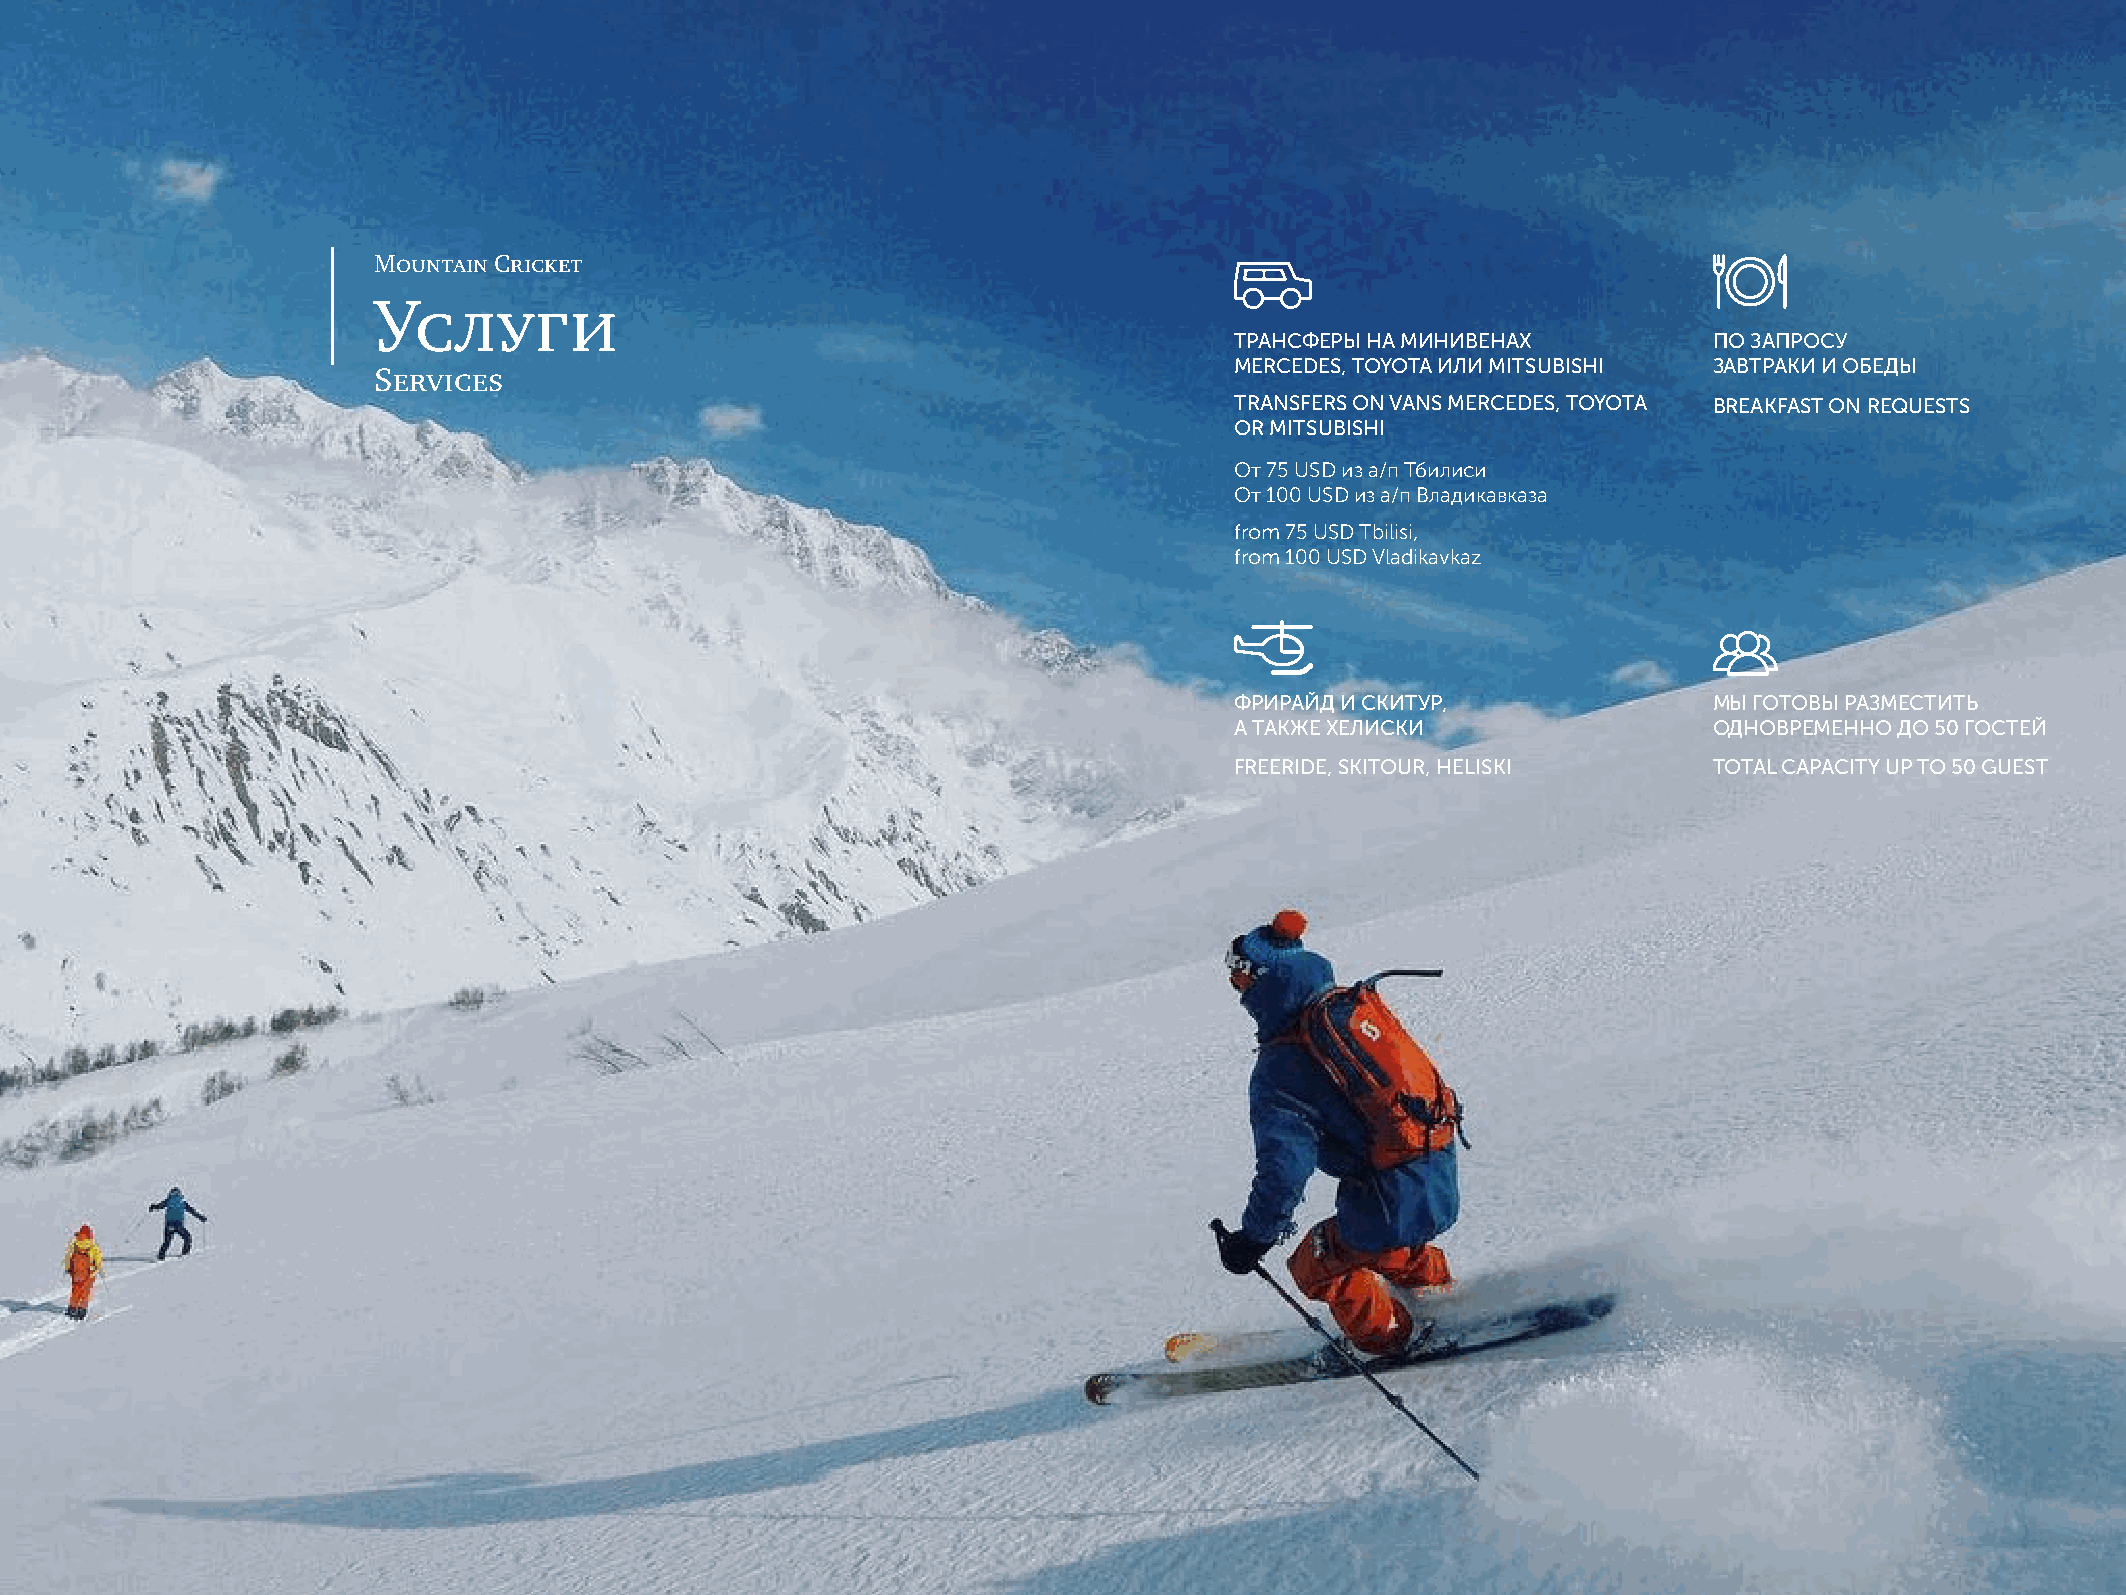
Mountain Cricket
 Услуги
 ТРАНСФЕРЫ НА МИНИВЕНАХ         ПО ЗАПРОСУ
 MERCEDES, TOYOTA ИЛИ MITSUBISHI ЗАВТРАКИ И ОБЕДЫ
 Services
 TRANSFERS ON VANS MERCEDES, TOYOTA BREAKFAST ON REQUESTS
 OR MITSUBISHI
 От 75 USD из а/п Тбилиси
 От 100 USD из а/п Владикавказа
 from 75 USD Tbilisi,
 from 100 USD Vladikavkaz
 ФРИРАЙД И СКИТУР,              МЫ ГОТОВЫ РАЗМЕСТИТЬ
 А ТАКЖЕ ХЕЛИСКИ                ОДНОВРЕМЕННО ДО 50 ГОСТЕЙ
 FREERIDE, SKITOUR, HELISKI     TOTAL CAPACITY UP TO 50 GUEST